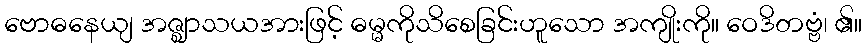
ဗောဓနေယျ အဇ္ဈာသယအားဖြင့် ဓမ္မကိုသိစေခြင်းဟူသော အကျိုးကို။ ဝေဒိတဗ္ဗံ၊ ၏။